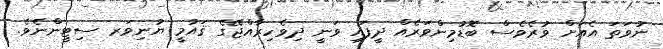
ނުވަތަ އެއަށް ވުރެވެސް ބޮޑުމިންވަރެއް ދީފައި ވަނީ ދިވެހިރާއްޖޭގެ ޤައުމީ ޔުނިވަރ ސިޓީންނެވެ.